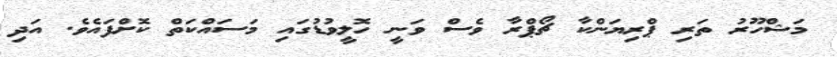
މަޝްހޫރު ތަރި ޕްރިޔަންކާ ޗޯޕްރާ ވެސް ވަނީ ހޮލީވުޑުގައި މަސައްކަތް ކޮށްފައެވެ. އަދި